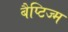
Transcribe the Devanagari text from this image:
बैप्टिज्म